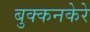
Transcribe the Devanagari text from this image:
बुक्कनकेरे